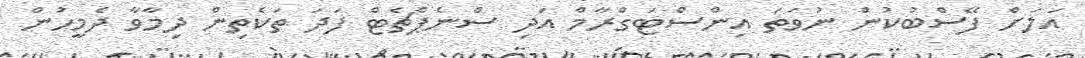
އަލަށް ފޭސްބުކުން ނުވަތަ އިންސްޓަގްރާމް އަދި ސްނެޕްޗެޓް ފަދަ ތަކެތިން ދިމާވާ ދެމީހުން